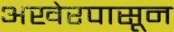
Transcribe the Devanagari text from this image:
अखेरपासून